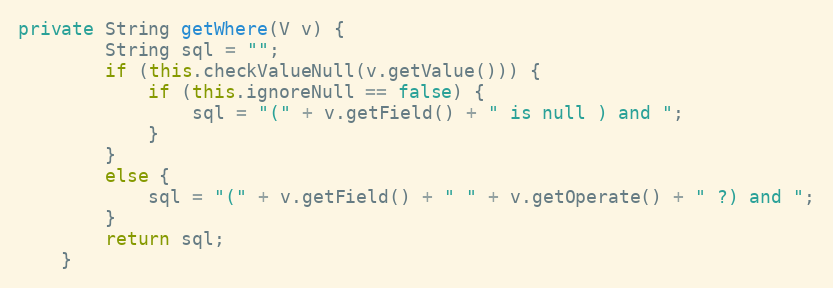
Language: Java
private String getWhere(V v) {
		String sql = "";
		if (this.checkValueNull(v.getValue())) {
			if (this.ignoreNull == false) {
				sql = "(" + v.getField() + " is null ) and ";
			}
		}
		else {
			sql = "(" + v.getField() + " " + v.getOperate() + " ?) and ";
		}
		return sql;
	}